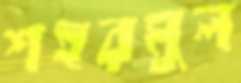
শহরমুল